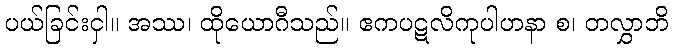
ပယ်ခြင်းငှါ။ အဿ၊ ထိုယောဂီသည်။ ဧကပဋလိကုပါဟနာ စ၊ တလွှာဘိ